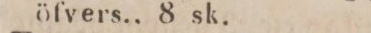
öfvers., 8 sk.